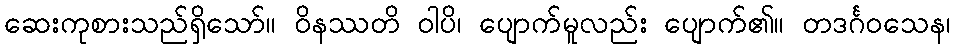
ဆေးကုစားသည်ရှိသော်။ ဝိနဿတိ ဝါပိ၊ ပျောက်မူလည်း ပျောက်၏။ တဒင်္ဂဝသေန၊